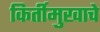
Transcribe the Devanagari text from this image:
किर्तीमुखाचे